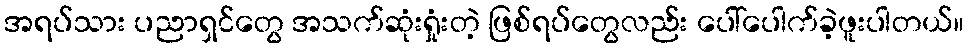
အရပ်သား ပညာရှင်တွေ အသက်ဆုံးရှုံးတဲ့ ဖြစ်ရပ်တွေလည်း ပေါ်ပေါက်ခဲ့ဖူးပါတယ်။